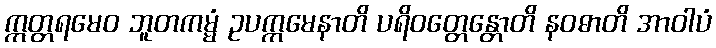
ဣတ္တရမေဝ ဘူတကမ္မံ ဥပက္ကမေနာတိ ပရိဝတ္တေန္တောတိ နဝဓာတိ အာဝါပံ